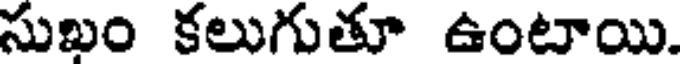
సుఖం కలుగుతూ ఉంటాయి.